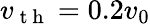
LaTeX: v_{\mathrm{~t~h~}}=0.2v_{0}